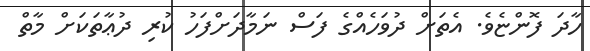
ހާދަ ފޮންޏެވެ. އެތަށް ދުވަހެއްގެ ފަސް ނަމާދަށްފަހު ކުރި ދުޢާތަކަށް މާތް